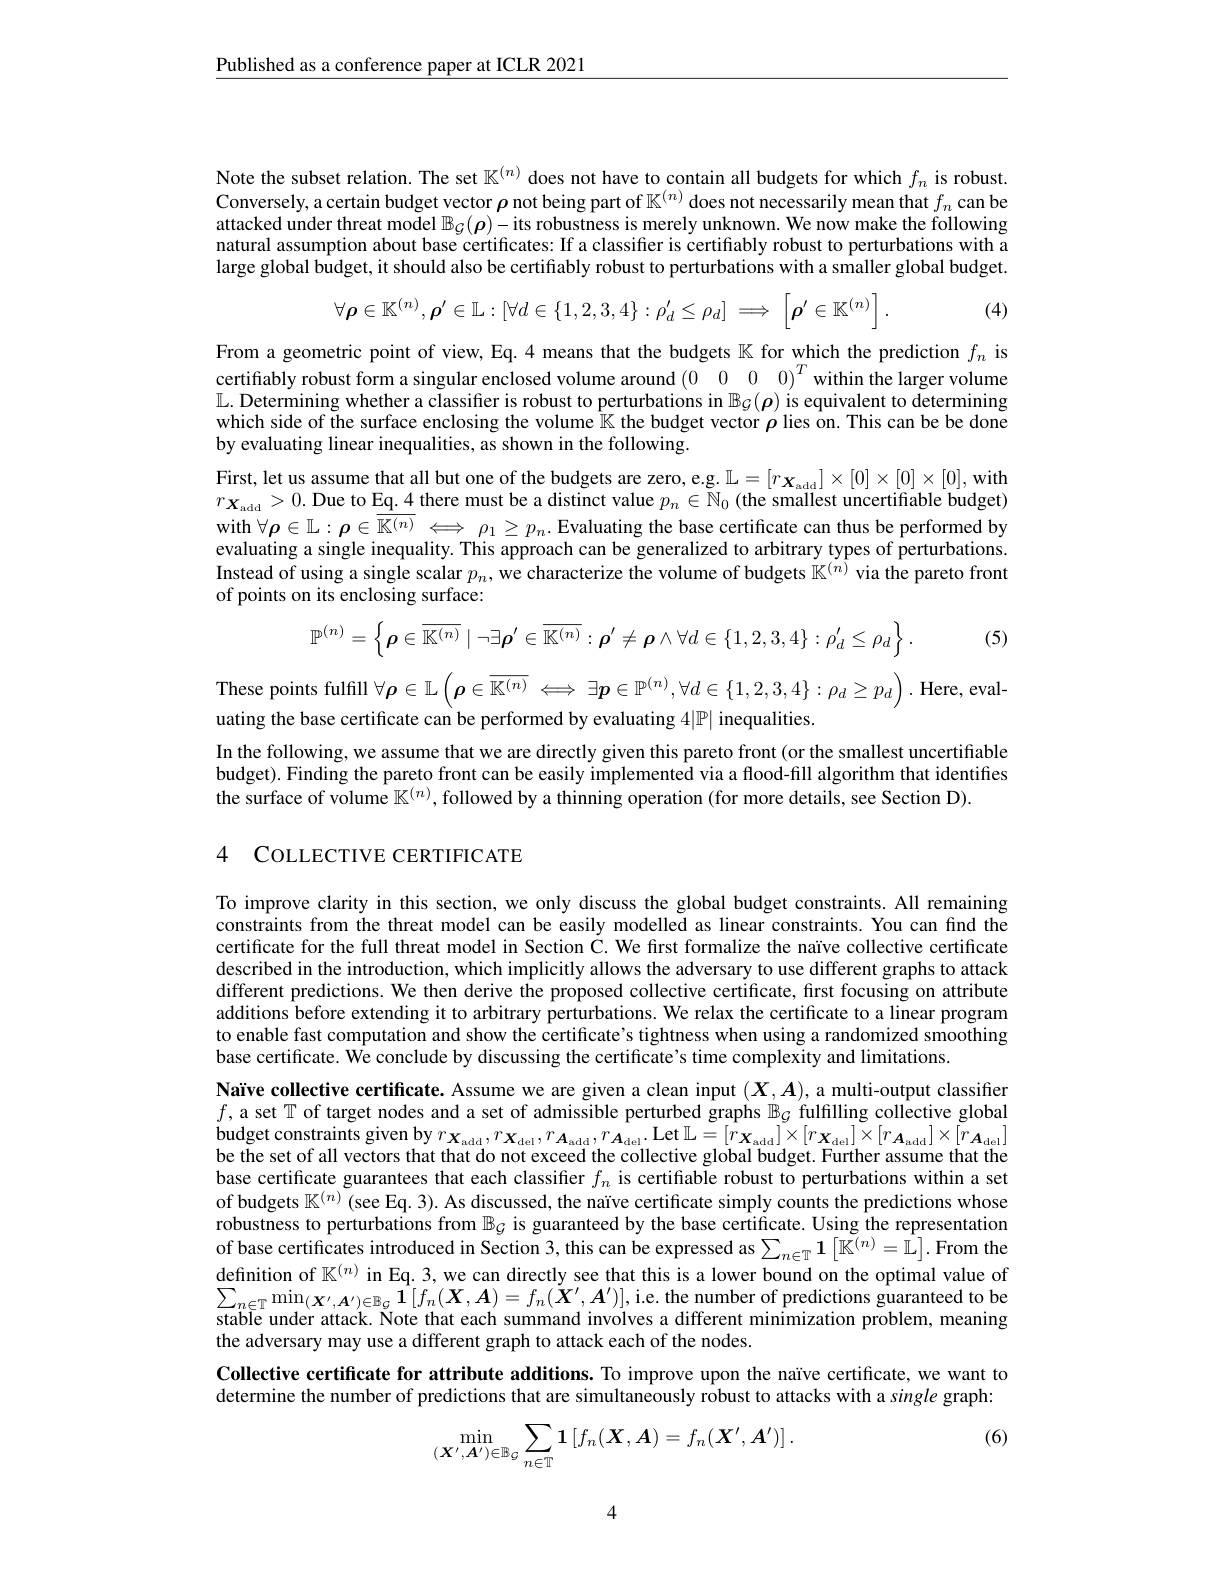
$\underline{\text{Published as a conference paper at ICLR 2021}}$

Note the subset relation. The set $\mathbb{K}^{(n)}$ does not have to contain all budgets for which $f_n$ is robust. Conversely, a certain budget vector $\rho$ not being part of $\mathbb{K}^{(n)}$ does not necessarily mean that $f_n$ can be attacked under threat model $\mathbb{B}_\mathcal{G}(\boldsymbol{\rho})-$its robustness is merely unknown. We now make the following natural assumption about base certificates: If a classifier is certifiably robust to perturbations with large global budget, it should also be certifiably robust to perturbations with a smaller global budget.

(4)
$$\forall\boldsymbol{\rho}\in\mathbb{K}^{(n)},\boldsymbol{\rho}'\in\mathbb{L}:[\forall d\in\{1,2,3,4\}:\rho_d'\leq\rho_d]\implies\left[\boldsymbol{\rho}'\in\mathbb{K}^{(n)}\right].$$
From a geometric point of view, Eq.4 means that the budgets $\mathbb{K}$ for which the prediction $f_n$ is certifably robust form a singular enclosed volume around (0 0 0 $0) ^T$ within the larger volume $\mathbb{L}.$ Determining whether a classifier is robust to perturbations in $\mathbb{B}_\mathcal{G}(\boldsymbol{\rho})$ is equivalent to determining which side of the surface enclosing the volume $\hat{\mathbb{K}}$ the budget vector $\rho$ lies on. This can be be done by evaluating linear inequalities, as shown in the following.
First, let us assume that all but one of the budgets are zero, e.g. $\mathbb{L} = [ r_{\mathbf{X} _{\mathrm{add}}}] \times [ 0] \times [ 0] \times [ 0] $,with $r_{\boldsymbol{X}_{\mathrm{add}}}>0.$ Due to $\underline\underline{\mathrm{Eq.4}}$ there must be a distinct value $p_n\in\tilde{\mathbb{N}}_0$ (the smallest uncertifiable budget) with $\forall\boldsymbol{\rho}\in\mathbb{L}:\boldsymbol{\rho}\in\overline{\mathbb{K}^{(n)}}\Longleftrightarrow\rho_1\geq p_n.$ Evaluating the base certificate can thus be performed by evaluating a single inequality. This approach can be generalized to arbitrary types of perturbations. Instead of using a single scalar $p_n,\tilde{\text{we characterize the volume of budgets}}\tilde{\mathbb{K}}^{(n)}$ via the pareto front of points on its enclosing surface:

(5)
$$\mathbb{P}^{(n)}=\left\{\boldsymbol{\rho}\in\overline{\mathbb{K}^{(n)}}\mid\neg\exists\boldsymbol{\rho}'\in\overline{\mathbb{K}^{(n)}}:\boldsymbol{\rho}'\neq\boldsymbol{\rho}\wedge\forall d\in\{1,2,3,4\}:\rho'_{d}\leq\rho_{d}\right\}.$$
These points fulfill $\forall\rho\in\mathbb{L}\left(\boldsymbol{\rho}\in\overline{\mathbb{K}^{(n)}}\right.\Longleftrightarrow\exists\boldsymbol{p}\in\mathbb{P}^{(n)},\forall d\in\{1,2,3,4\}:\rho_d\geq p_d\biggr).$ Here, eval-
uating the base certificate can be performed by evaluating 4|P| inequalities.
In the following, we assume that we are directly given this pareto front (or the smallest uncertifiable budget). Finding the pareto front can be easily implemented via a flood-fill algorithm that identifies the surface of volume $\mathbb{K}^{(n)}$, followed by a thinning operation (for more details, see Section D).

4 COLLECTIVE CERTIFICATE

To improve clarity in this section, we only discuss the global budget constraints. All remaining constraints from the threat model can be easily modelled as linear constraints. You can find the certificate for the full threat model in Section C. We first formalize the naïve collective certificate described in the introduction, which implicitly allows the adversary to use different graphs to attack different predictions. We then derive the proposed collective certificate, first focusing on attribute additions before extending it to arbitrary perturbations. We relax the certificate to a linear program to enable fast computation and show the certificate's tightness when using a randomized smoothing base certificate. Wê conclude by discussing the certificate's time complexity and limitations.
Naïve collective certificate. Assume we are given a clean input $(X,A)$, a multi-output classifier $f$,a set T of target nodes and a set of admissible perturbed graphs $\mathbb{B}_{\mathcal{G}}$ fulfilling collective global budget constraints given by $r_{\boldsymbol{X}_{\mathrm{add}}}, r_{\boldsymbol{X}_{\mathrm{del}}}, r_{\boldsymbol{A}_{\mathrm{add}}}, r_{\boldsymbol{A}_{\mathrm{del}}}.$ Let $\mathbb{L} = [ \hat{r} _{\boldsymbol{X}_{\mathrm{add}}}] \times [ r_{\boldsymbol{X}_{\mathrm{del}}}] \times [ \tilde{r} _{\boldsymbol{A}_{\mathrm{add}}}] \times [ \tilde{r} _{\boldsymbol{A}_{\mathrm{del}}}]$ ba th cot f all watow thot thot d ant wad thoollativ a be the set of all vectors that that do not exceed the collective global budget. Further assume that the base certificate guarantees that each classifier $f_n$ is certifiable robust to perturbations within a set of budgets $\mathbb{K}^{(n)}$ (see Eq. 3). As discussed, the naïve certificate simply counts the predictions whose robustness to perturbations from $\mathbb{B}_{\mathcal{G}}$ is guaranteed by the base certificate. Using the representation of base certificates introduced in Section 3, this can be expressed as $\sum_{n\in\mathbb{T}}\mathbf{1}\left[\tilde{\mathbb{K}}^{(n)}=\hat{\mathbb{L}}\right].$ From the definition of $\mathbb{K}^{(n)}$ in Eq. 3, we can directly see that this is a lower bound on the optimal value of $\begin{array}{l}\sum_{n\in\mathbb{T}}\min_{(\boldsymbol{X}^{\prime},\boldsymbol{A}^{\prime})\in\mathbb{B}_{\mathcal{G}}}\hat{\mathbf{1}}[f_{n}^{\prime}(\boldsymbol{X},\boldsymbol{A})=f_{n}(\tilde{\boldsymbol{X}}^{\prime},\boldsymbol{A}^{\prime})],\text{i.e.the number of predictions guaranteed to be}\\\text{stable under attack. Note that each summand involves a different minimization problem, meaning}\end{array}$ the adversary may use a different graph to attack each of the nodes.
Collective certificate for attribute additions. To improve upon the naïve certificate, we want to determine the number of predictions that are simultaneously robust to attacks with a single graph:

(6)
$$\min\limits_{(\boldsymbol{X'},\boldsymbol{A'})\in\mathbb{B}_{\mathcal{G}}}\sum\limits_{n\in\mathbb{T}}\mathbf{1}\left[f_n(\boldsymbol{X},\boldsymbol{A})=f_n(\boldsymbol{X'},\boldsymbol{A'})\right].$$
4